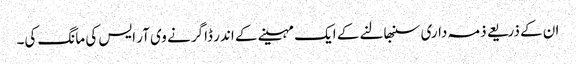
ان کے ذریعے ذمہ داری سنبھالنے کے ایک مہینے کے اندر ڈاگر نے وی آر ایس کی مانگ کی۔